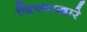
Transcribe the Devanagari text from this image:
जिच्याद्वारे